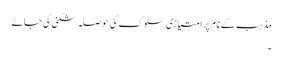
مذہب کے نام پر امتیازی سلوک کی حوصلہ شکنی کی جائے
۔